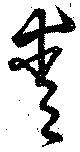
愛